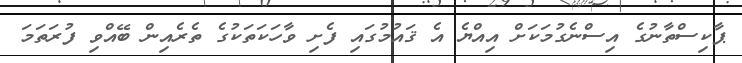
ޕާކިސްތާނުގެ އިސްނެގުމަކަށް އިއްޔެ އެ ޤައުމުގައި ފެށި ވާހަކަތަކުގެ ތެރެއިން ބޭއްވި ފުރަތަމަ